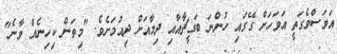
އަވަސްވެގަތީ އަވަހަށް ގޭގައި ހުންނަ ބަގީޗާއާއި ދިމާއަށް ދިއުމަށެވެ. "މިތަން ކިހިނެއް ވާނެ"